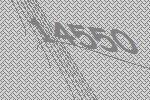
14550